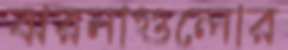
ঝরনাগুলোর